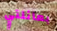
بعائلتي